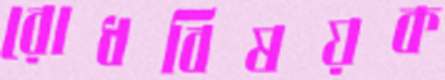
রোধবিষয়ক